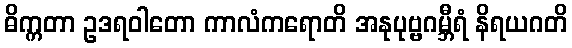
ဓိက္ကတာ ဥဒရဝါတော ကာလံကရောတိ အနုပုဗ္ဗဂမ္ဘီရံ နိရယဂတိ